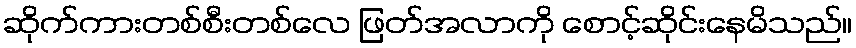
ဆိုက်ကားတစ်စီးတစ်လေ ဖြတ်အလာကို စောင့်ဆိုင်းနေမိသည်။